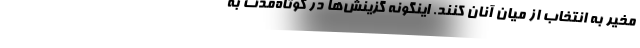
مخیر به انتخاب از میان آنان کنند. اینگونه گزینش‌ها در کوتاه‌مدت به